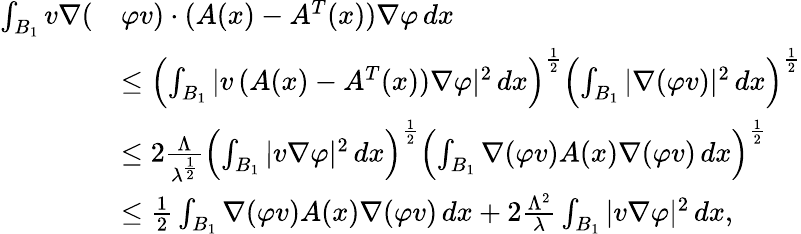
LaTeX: \begin{array}{rl}{\int_{B_{1}}v\nabla(}&{\varphi v)\cdot(A(x)-A^{T}(x))\nabla\varphi\, dx}\\ &{\le\left(\int_{B_{1}}|v\, (A(x)-A^{T}(x))\nabla\varphi|^{2}\, dx\right)^{\frac 12}\left(\int_{B_{1}}|\nabla(\varphi v)|^{2}\, dx\right)^{\frac 12}}\\ &{\le 2\frac{\Lambda}{\lambda^{\frac 12}}\left(\int_{B_{1}}|v\nabla\varphi|^{2}\, dx\right)^{\frac 12}\left(\int_{B_{1}}\nabla(\varphi v)A(x)\nabla(\varphi v)\, dx\right)^{\frac 12}}\\ &{\le\frac 12\int_{B_{1}}\nabla(\varphi v)A(x)\nabla(\varphi v)\, dx+2\frac{\Lambda^{2}}{\lambda}\int_{B_{1}}|v\nabla\varphi|^{2}\, dx,}\end{array}